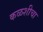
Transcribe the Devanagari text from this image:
कळशीचा